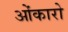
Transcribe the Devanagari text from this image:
ओंकारो